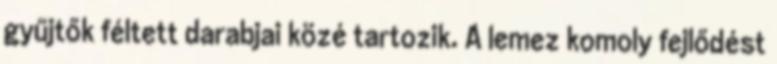
gyűjtők féltett darabjai közé tartozik. A lemez komoly fejlődést